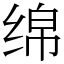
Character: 绵